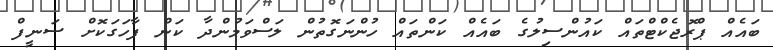
ބައެއް ޕްރޮޖެކްޓްތައް ކައުންސިލުގެ ބައެއް ކަންތައް ހުންނަގޮތުން ލަސްވަމުންދާ ކަން ފާހަގަކޮށް ސަނީފް